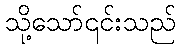
သို့သော်၎င်းသည်